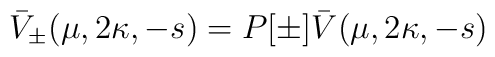
\bar{V}_\pm (\mu,2\kappa,-s)=P[\pm]\bar{V}(\mu,2\kappa,-s)